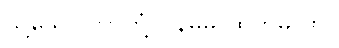
သို့သော် ဘာတုံ့ပြန်မှုမှ ထွက်မလာ။